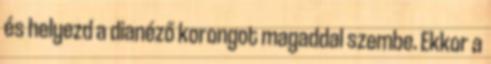
és helyezd a dianéző korongot magaddal szembe. Ekkor a